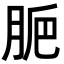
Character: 𦛐